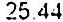
25.44